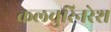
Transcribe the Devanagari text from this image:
कलचुरिनरेश